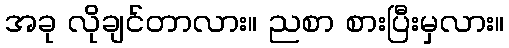
အခု လိုချင်တာလား။ ညစာ စားပြီးမှလား။